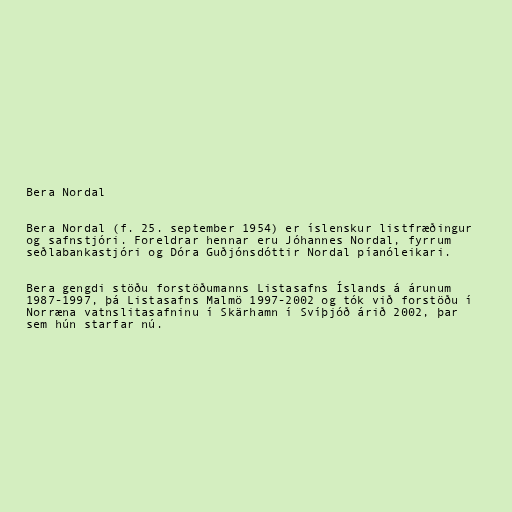
Bera Nordal

Bera Nordal (f. 25. september 1954) er íslenskur listfræðingur
og safnstjóri. Foreldrar hennar eru Jóhannes Nordal, fyrrum
seðlabankastjóri og Dóra Guðjónsdóttir Nordal píanóleikari.

Bera gengdi stöðu forstöðumanns Listasafns Íslands á árunum
1987-1997, þá Listasafns Malmö 1997-2002 og tók við forstöðu í
Norræna vatnslitasafninu í Skärhamn í Svíþjóð árið 2002, þar
sem hún starfar nú.